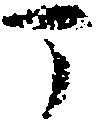
丁